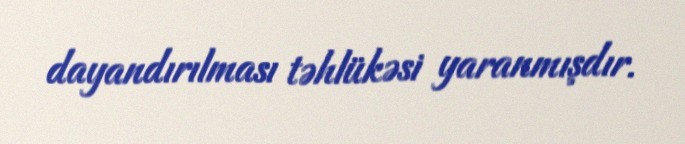
dayandırılması təhlükəsi yaranmışdır.